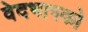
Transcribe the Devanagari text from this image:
वेदभागको